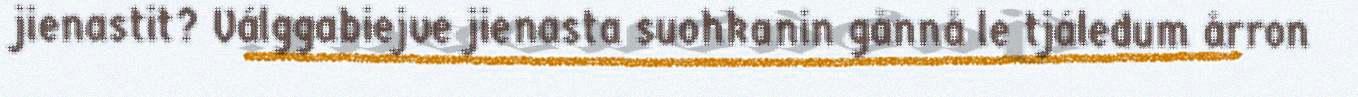
jienastit? Válggabiejve jienasta suohkanin gånnå le tjáledum årron